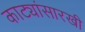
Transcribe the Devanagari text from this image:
काट्यांसारखी